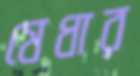
যেধার